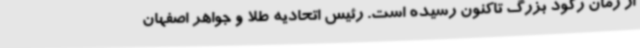
از زمان رکود بزرگ تاکنون رسیده است. رئیس اتحادیه طلا و جواهر اصفهان